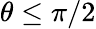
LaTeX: \theta\leq\pi/2